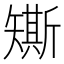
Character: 𥐀